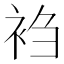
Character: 𬡎